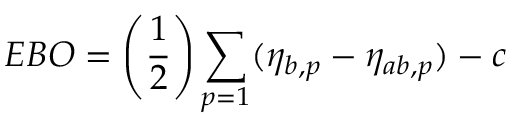
E B O = \left( { \frac { 1 } { 2 } } \right) \sum _ { p = 1 } ( \eta _ { b , p } - \eta _ { a b , p } ) - c